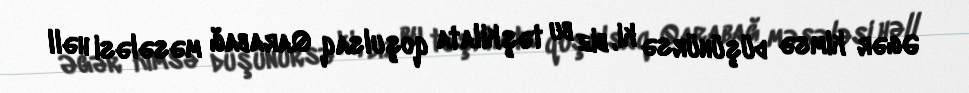
Əgər kimsə düşünürsə ki, biz bu təşkilata qoşulsaq Qarabağ məsələsi həll